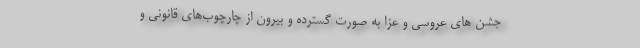
جشن های عروسی و عزا به صورت گسترده و بیرون از چارچوب‌های قانونی و